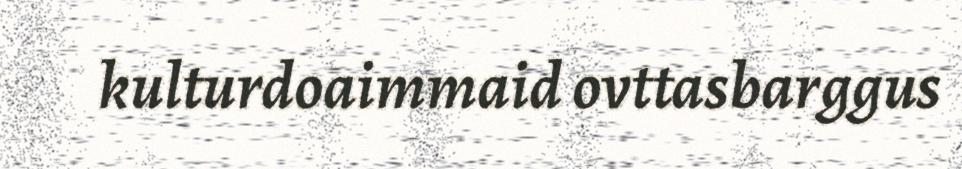
kulturdoaimmaid ovttasbarggus